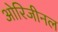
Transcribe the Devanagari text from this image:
ओरिजीनल